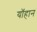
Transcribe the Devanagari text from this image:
यॉहान